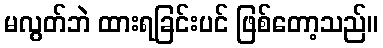
မလွတ်ဘဲ ထားရခြင်းပင် ဖြစ်တော့သည်။